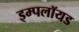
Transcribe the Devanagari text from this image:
इम्पलॉयड